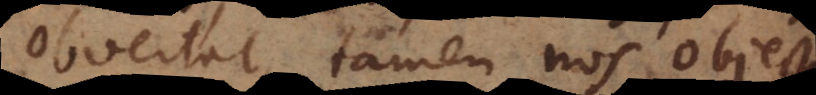
obvertat, tamen nos objectum